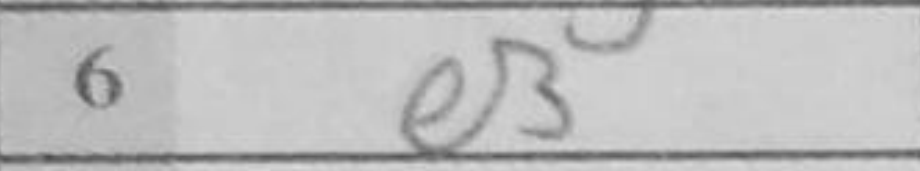
Transcription: e3